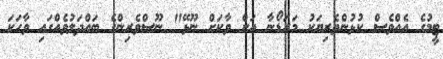
ޓީމުގެ އެއްވެސް ކުޅުންތެރިޔަކު މަރަޑޯނާ އަށް ވާކަށް ނޫޅޭ" ނޫސްވެރިންގެ ބައްދަލުވެއްގައި ވާހަކަ